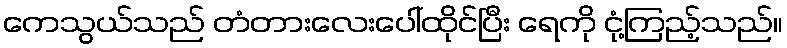
ကေသွယ်သည် တံတားလေးပေါ်ထိုင်ပြီး ရေကို ငုံ့ကြည့်သည်။